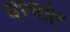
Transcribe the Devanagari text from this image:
चरनांत